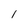
Character: l